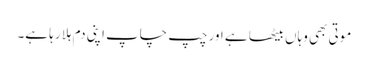
موتی بھی وہاں بیٹھا ہے اور چپ چاپ اپنی دم ہلا رہا ہے۔